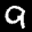
Label: 9